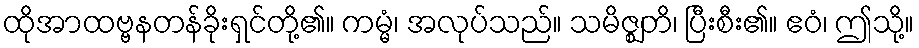
ထိုအာထဗ္ဗနတန်ခိုးရှင်တို့၏။ ကမ္မံ၊ အလုပ်သည်။ သမိဇ္ဈတိ၊ ပြီးစီး၏။ ဧဝံ၊ ဤသို့။